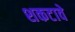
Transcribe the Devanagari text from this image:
शकटावे